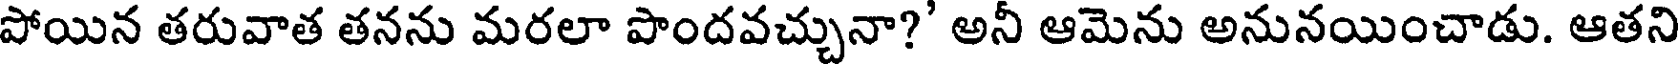
పోయిన తరువాత తనను మరలా పొందవచ్చునా?' అనీ ఆమెను అనునయించాడు. ఆతని